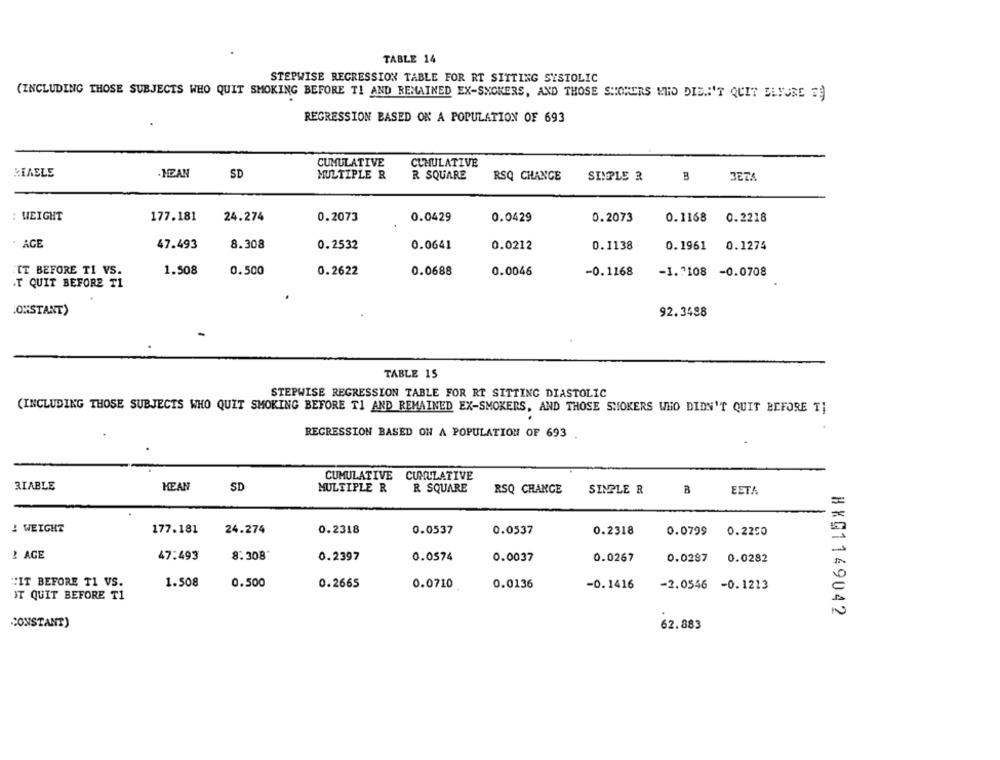
TABLE 14
STEPWISE REGRESSION TABLE FOR RT SITTING SYSTOLIC
(INCLUDING THOSE SUBJECTS WHO QUIT SMOKING BEFORE TI AND REMAINED EX-SMOKERS, AND THOSE SHOWERS MID DIE .: 'T QUIT BLYORE E))
REGRESSION BASED ON A POPULATION OF 693
CUMULATIVE
CUMULATIVE
RIAELE
.MEAN
SD
MULTIPLE R
R SQUARE
RSQ CHANGE
SIMPLE &
3
JETA
: WEIGHT
177.181
24.274
0.2073
0.0429
0.0429
0.2073
0.1168 0.2218
: AGE
8.308
47.493
0.2532
0.0641
0.0212
0.1138
0.1961 0.1274
IT BEFORE TI VS.
1.508
0.500
0.2622
0.0688
0.0046
-0.1168
-1.7108 -0.0708
.T QUIT BEFORE TI
.ONSTANT)
92.3498
TABLE 15
STEPWISE REGRESSION TABLE FOR RT SITTING DIASTOLIC
(INCLUDING THOSE SUBJECTS WHO QUIT SMOKING BEFORE TI AND REMAINED EX-SMOKERS, AND THOSE SMOKERS WHO DIDN'T QUIT BEFORE T;
REGRESSION BASED ON A POPULATION OF 693
CUMULATIVE CUMULATIVE
RIABLE
MEAN
SD
MULTIPLE R
R SQUARE
RSQ CHANGE
SIMPLE R
B
EETA
! WEIGHT
177.181
24.274
0.2318
0.0537
0.0537
0.2318
0.0799
0.2250
2 AGE
47:493
8.308
0.2397
0.0574
0.0037
0.0267
0.0287
0.0282
"IT BEFORE TI VS.
1.508
0.500
0.2665
0.0710
0.0136
-0.1416
-2.0546 -0.1213
IT QUIT BEFORE T1
HKG1149042
CONSTANT)
62.883